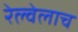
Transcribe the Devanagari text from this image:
रेल्वेलाच